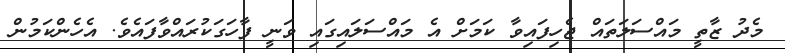
މެދު ޒާތީ މައްސަލަތައް ޖެހިފައިވާ ކަމަށް އެ މައްސަލައިގައި ވަނީ ފާހަގަކުރައްވާފައެވެ. އެހެންކަމުން